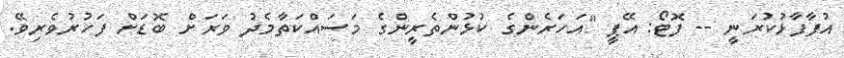
އުފާފާޅުކުރަނީ -- ފޮޓޯ: އޭޕީ "އަހަރެންގެ ކުޅުންތެރީންގެ މަސައްކަތާމެދު ވަރަށް ބޮޑަށް ފަހުރުވެރިވޭ.